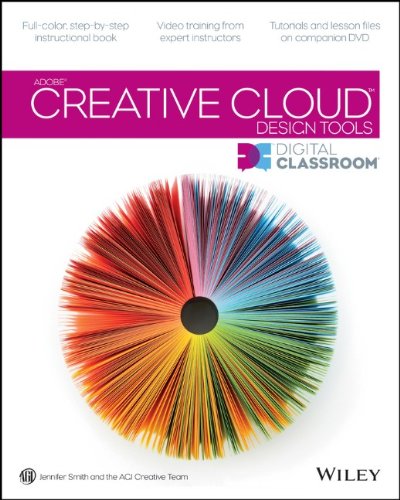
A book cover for Adobe Creative Cloud Design Tools Digital Classroom; Jennifer Smith; Computers & Technology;